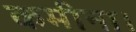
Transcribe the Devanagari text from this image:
कमीना।